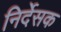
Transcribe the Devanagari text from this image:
निर्देसक